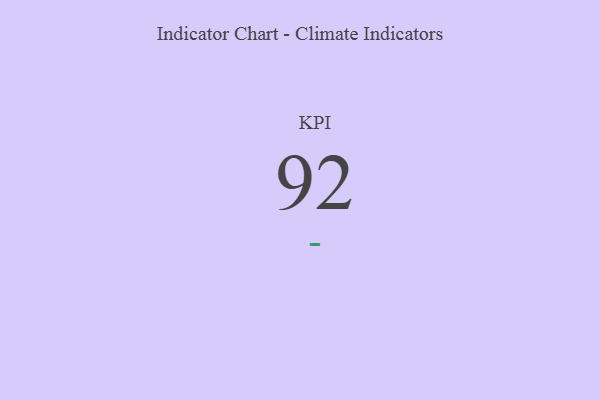
{"axis": {"x": "KPI", "y": "Value"}, "legend": [""], "data": [{"x": "KPI", "y": 92, "type": ""}]}